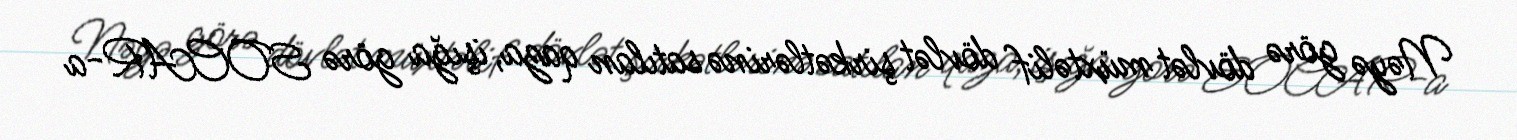
Nəyə görə dövlət müxtəlif dövlət şirkətlərinə satılan qaza, işığa görə SOCAR-a